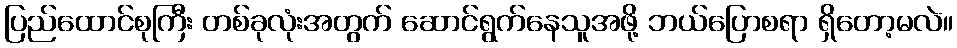
ပြည်ထောင်စုကြီး တစ်ခုလုံးအတွက် ဆောင်ရွက်နေသူအဖို့ ဘယ်ပြောစရာ ရှိတော့မလဲ။